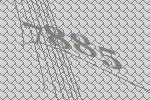
7885